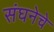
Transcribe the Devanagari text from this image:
संघनेचे